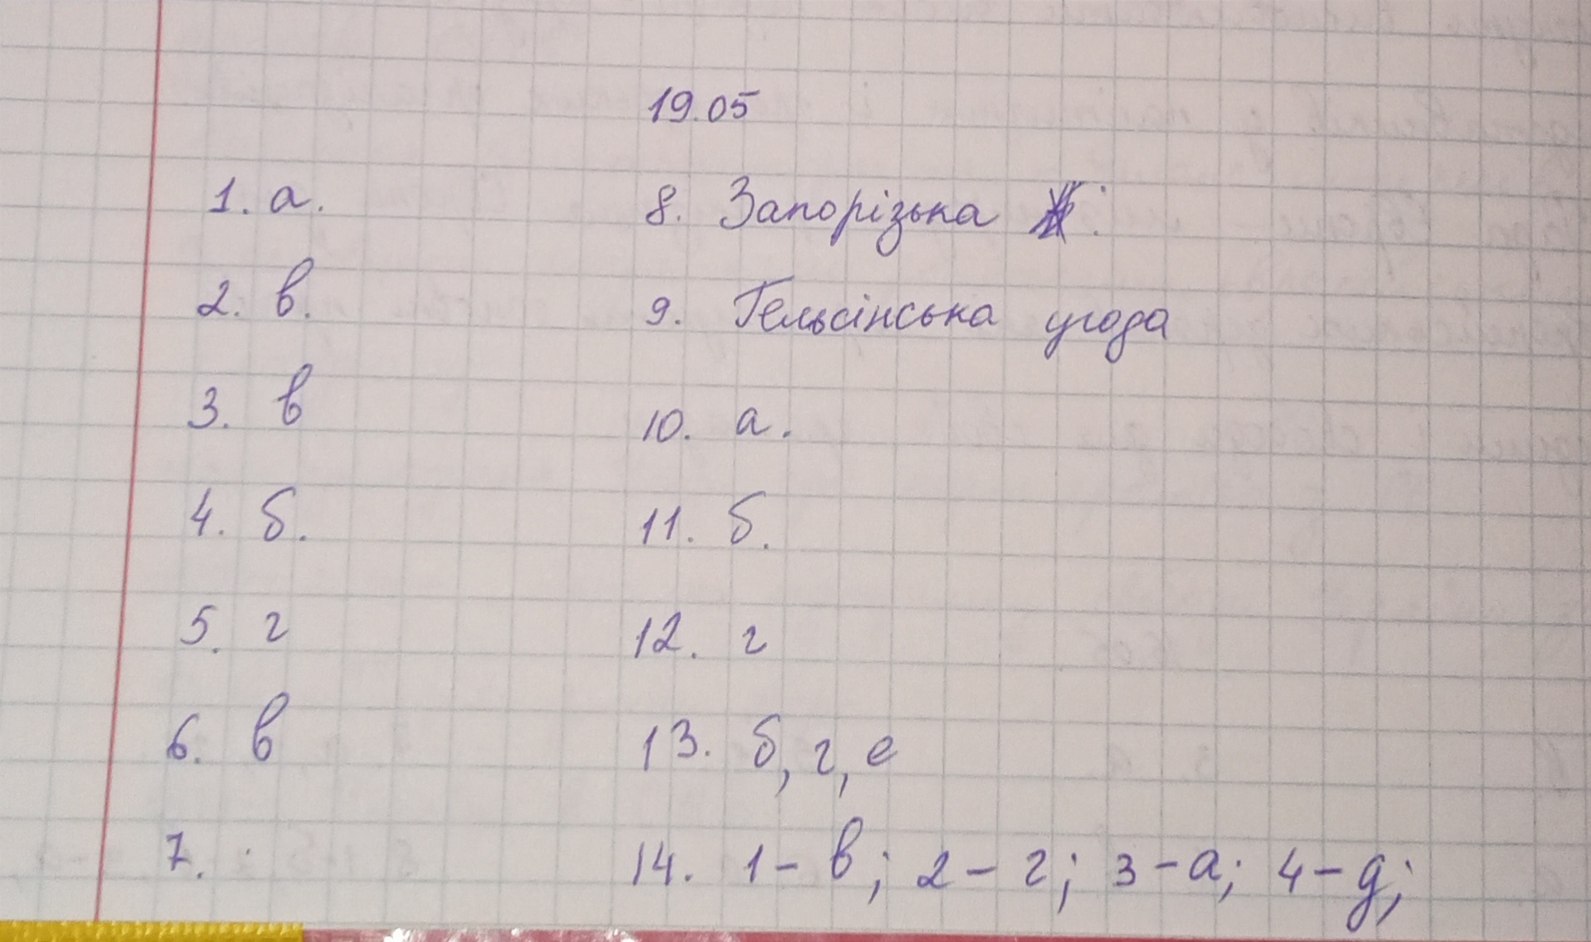
19.05
8. Запорізька~~[illegible]~~.
1. a.
2. в.
9. Гельсінська угода
3. в
10. a.
4. б.
11. б.
5. г
12. г
6. в
13. б, г, е
14. 1-в; 2-г; 3-а; 4-д;
7.